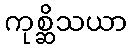
ကုစ္ဆိသယာ